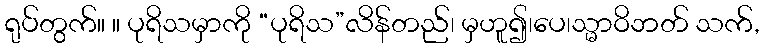
ရုပ်တွက်။ ။ ပုရိသမှာကို “ပုရိသ”လိန်တည်၊ မှဟူ၍၊ပေ၊သ္မာဝိဘတ် သက်,